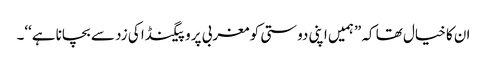
ان کا خیال تھا کہ ”ہمیں اپنی دوستی کو مغربی پروپیگنڈا کی زد سے بچانا ہے‘‘۔